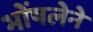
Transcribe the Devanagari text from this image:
भोंषलेने